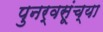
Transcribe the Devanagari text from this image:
पुनर्वसूंच्या